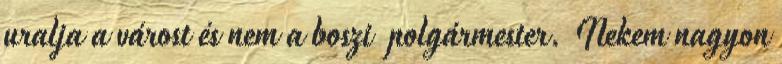
uralja a várost és nem a boszi polgármester. Nekem nagyon